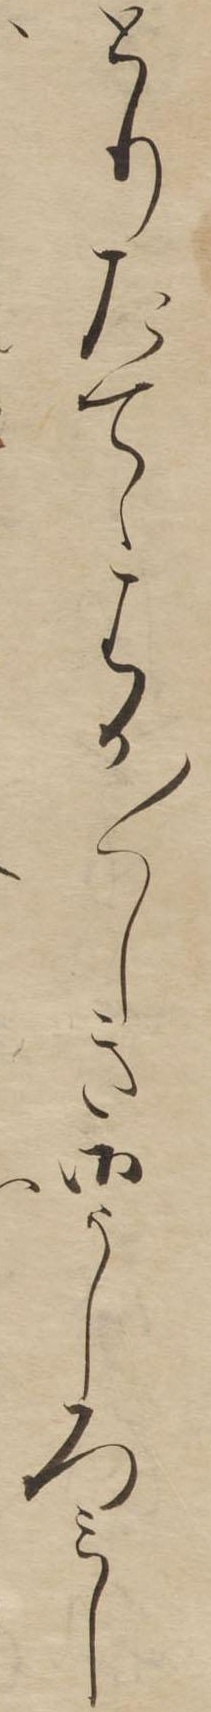
とりたてゝはか〱しき御うしろみし